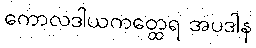
ကောလဒါယကတ္ထေရ အပဒါန